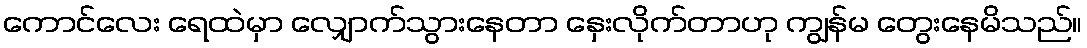
ကောင်လေး ရေထဲမှာ လျှောက်သွားနေတာ နှေးလိုက်တာဟု ကျွန်မ တွေးနေမိသည်။